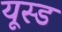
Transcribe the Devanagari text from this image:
यूस्ड